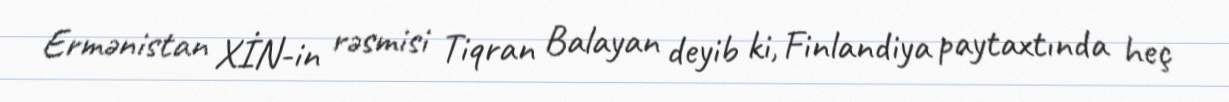
Ermənistan XİN-in rəsmisi Tiqran Balayan deyib ki, Finlandiya paytaxtında heç